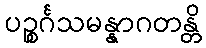
ပဉ္စင်္ဂသမန္နာဂတန္တိ